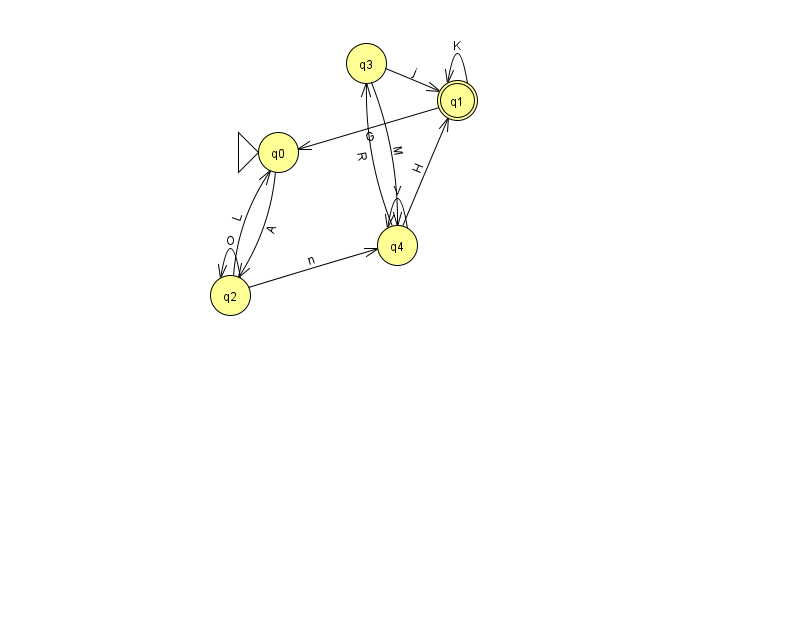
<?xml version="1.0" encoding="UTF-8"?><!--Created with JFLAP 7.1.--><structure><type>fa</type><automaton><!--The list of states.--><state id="0" name="q0"><x>278.0</x><y>139.0</y><initial/></state><state id="1" name="q1"><x>457.0</x><y>87.0</y><final/></state><state id="2" name="q2"><x>230.0</x><y>282.0</y></state><state id="3" name="q3"><x>366.0</x><y>50.0</y></state><state id="4" name="q4"><x>397.0</x><y>232.0</y></state><!--The list of transitions.--><transition><from>3</from><to>4</to><read>M</read></transition><transition><from>2</from><to>0</to><read>L</read></transition><transition><from>3</from><to>1</to><read>j</read></transition><transition><from>4</from><to>4</to><read>V</read></transition><transition><from>2</from><to>4</to><read>n</read></transition><transition><from>1</from><to>0</to><read>G</read></transition><transition><from>1</from><to>1</to><read>K</read></transition><transition><from>0</from><to>2</to><read>A</read></transition><transition><from>4</from><to>1</to><read>H</read></transition><transition><from>2</from><to>2</to><read>O</read></transition><transition><from>4</from><to>3</to><read>R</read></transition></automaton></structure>